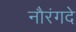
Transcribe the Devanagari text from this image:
नौरंगदे